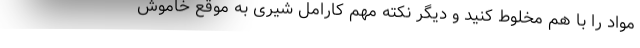
مواد را با هم مخلوط کنید و دیگر نکته مهم کارامل شیری به موقع خاموش